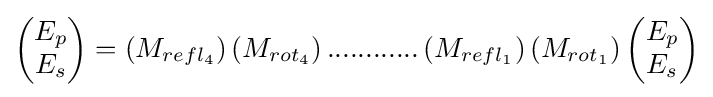
\left({\begin{matrix}E_{p}\\E_{s}\\\end{matrix}}\right)=\left(M_{refl_{4}}\right)\left(M_{rot_{4}}\right)............\left(M_{refl_{1}}\right)\left(M_{rot_{1}}\right)\left({\begin{matrix}E_{p}\\E_{s}\\\end{matrix}}\right)